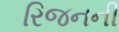
રિજનની